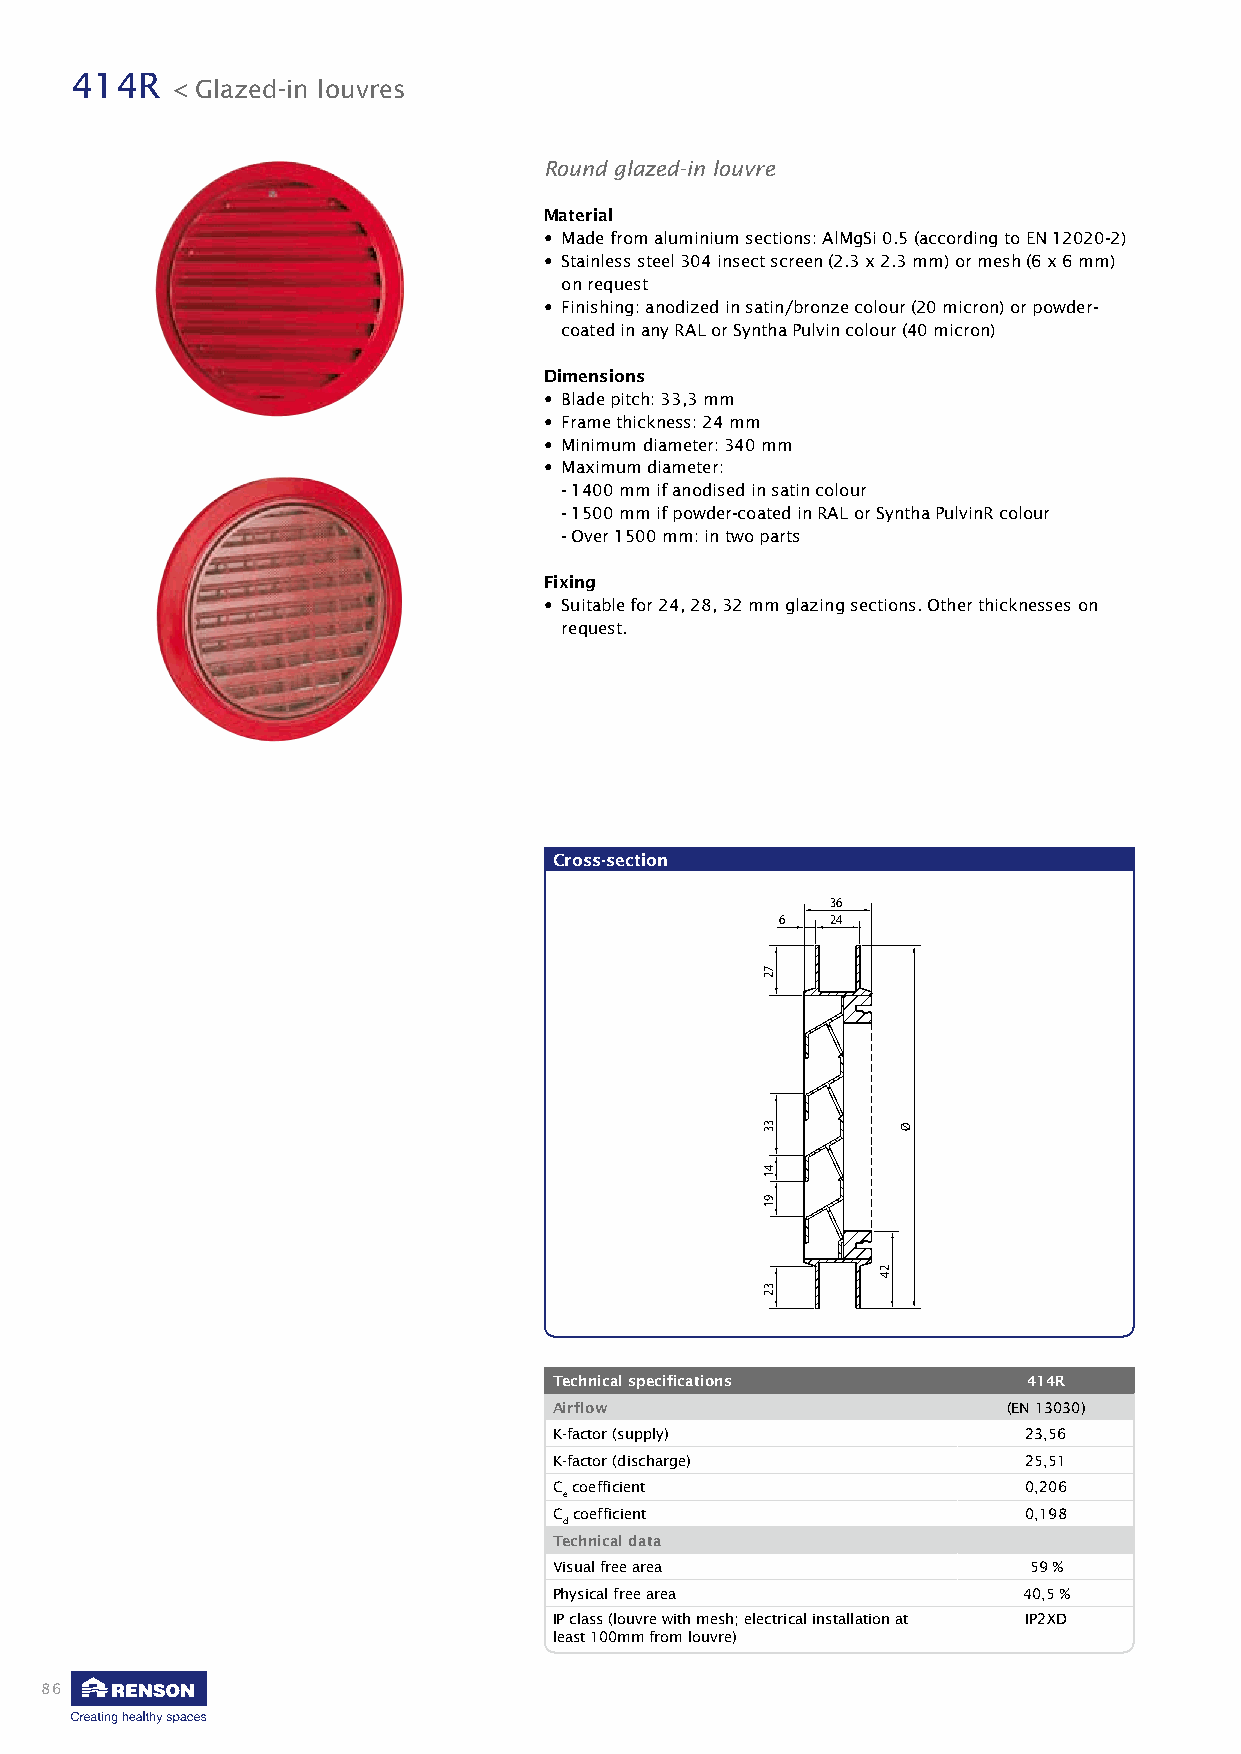
414R
 < Glazed-in louvres
 Round glazed-in louvre
 Material
 • Made from aluminium sections: AlMgSi 0.5 (according to EN 12020-2)
 • Stainless steel 304 insect screen (2.3 x 2.3 mm) or mesh (6 x 6 mm)
 on request
 • Finishing: anodized in satin/bronze colour (20 micron) or powder-
 coated in any RAL or Syntha Pulvin colour (40 micron)
 Dimensions
 • Blade pitch: 33,3 mm
 • Frame thickness: 24 mm
 • Minimum diameter: 340 mm
 • Maximum diameter:
 - 1400 mm if anodised in satin colour
 - 1500 mm if powder-coated in RAL or Syntha PulvinR colour
 - Over 1500 mm: in two parts
 Fixing
 • Suitable for 24, 28, 32 mm glazing sections. Other thicknesses on
 request.
 Cross-section
 36
 6  24
 Technical specifications       414R
 Airflow                       (EN 13030)
 K-factor (supply)              23,56
 K-factor (discharge)           25,51
 C coefficient                  0,206
 e
 C coefficient                  0,198
 d
 Technical data
 Visual free area               59 %
 Physical free area             40,5 %
 IP class (louvre with mesh; electrical installation at IP2XD
 least 100mm from louvre)
 86
 72
 33
 41
 91
 32
 24
 Ø